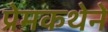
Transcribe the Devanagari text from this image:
प्रेमकथेने